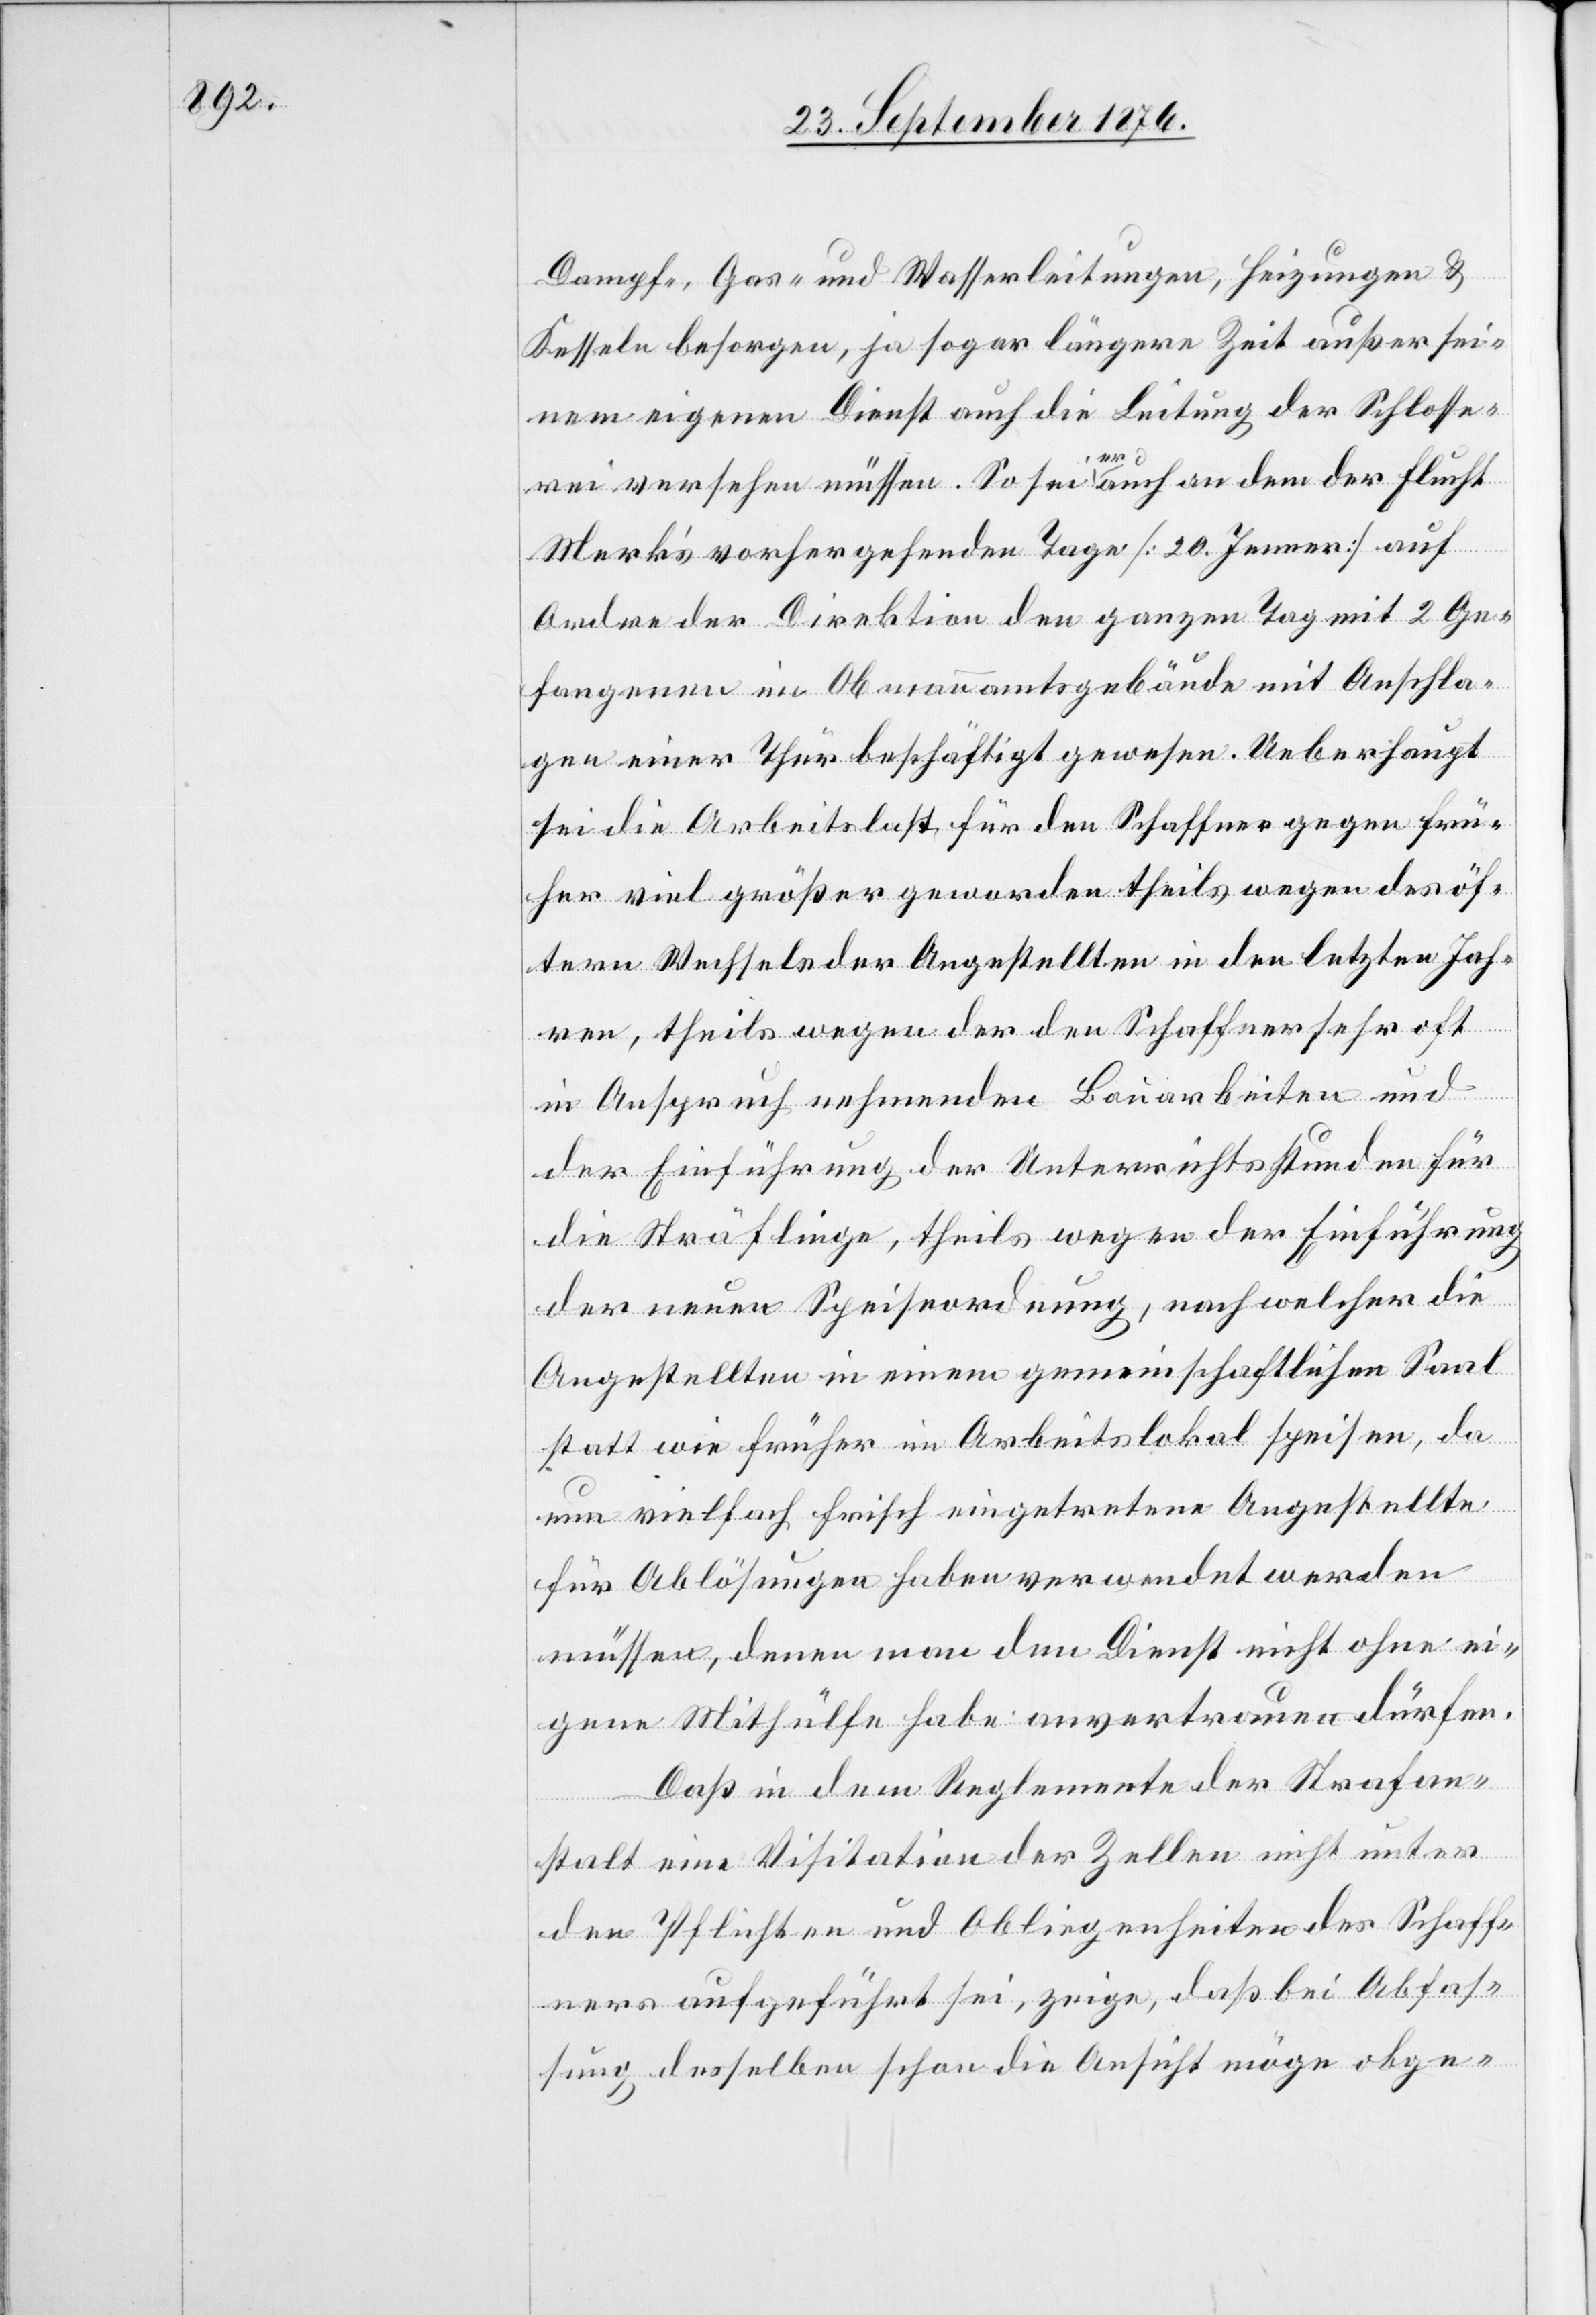
Dampf-, Gas- und Wasserleitungen, Heizungen &
Kesseln besorgen, ja sogar längere Zeit außer sei¬
nem eigenen Dienst auch die Leitung der Schlosse¬
rei versehen müssen. So sei a er a auch an dem der Flucht
Merk’s vorhergehenden Tage [20. Jenner] auf
Ordre der Direktion den ganzen Tag mit 2 Ge¬
fangenen im Obmannamtsgebäude mit Anschla¬
gen einer Thür beschäftigt gewesen. Ueberhaupt
sei die Arbeitslast für den Schaffner gegen frü¬
her viel größer geworden theils wegen des öf¬
tern Wechsels der Angestellten in den letzten Jah¬
ren, theils wegen der den Schaffner sehr oft
in Anspruch nehmenden Bauarbeiten und
der Einführung der Unterrichtsstunden für
die Sträflinge, theils wegen der Einführung
der neuen Speiseordnung, nach welcher die
Angestellten in einem gemeinschaftlichen Saal
statt wie früher im Arbeitslokal speisen, da
nun vielfach frisch eingetretene Antestellte
für Ablösungen haben verwendet werden
müssen, denen man den Dienst nicht ohne ei¬
gene Mithülfe habe anvertrauen dürfen.
Daß in dem Reglemente der Strafan¬
stalt eine Visitation der Zellen nicht unter
den Pflichten und Obliegenheiten des Schaff¬
ners aufgeführt sei, zeige, daß bei Abfas¬
sung desselben schon die Ansicht möge obge-